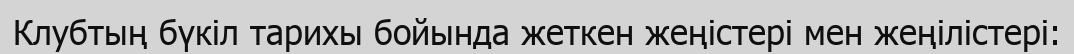
Клубтың бүкіл тарихы бойында жеткен жеңістері мен жеңілістері: